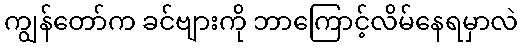
ကျွန်တော်က ခင်ဗျားကို ဘာကြောင့်လိမ်နေရမှာလဲ